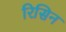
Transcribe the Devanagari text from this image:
रिसिन